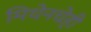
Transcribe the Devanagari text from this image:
मिथेनचेही